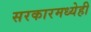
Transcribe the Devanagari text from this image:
सरकारमध्येही